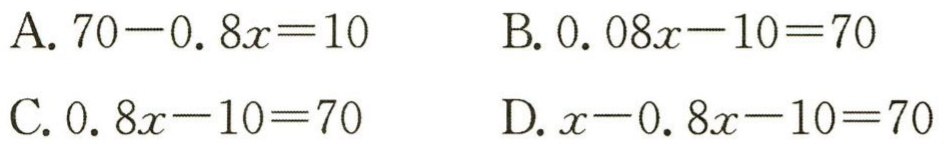
A. \(70 - 0.8x = 10\)

B. \(0.08x - 10 = 70\)

C. \(0.8x - 10 = 70\)

D. \(x - 0.8x - 10 = 70\)